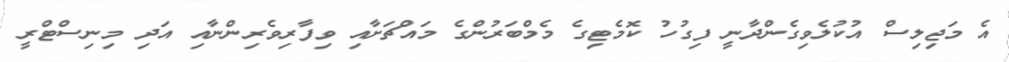
އެ މަޖިލިސް އުކުލެވިގެންދާނީ ފިގުހު ކޮމެޓިގެ މެމްބަރުންގެ މައްޗަށާއި ވިފާރިވެރިންނާއި އަދި މިނިސްޓްރީ